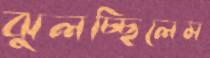
ঝুলচ্ছিলেম